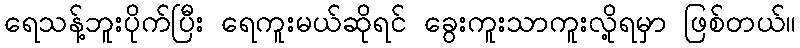
ရေသန့်ဘူးပိုက်ပြီး ရေကူးမယ်ဆိုရင် ခွေးကူးသာကူးလို့ရမှာ ဖြစ်တယ်။